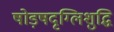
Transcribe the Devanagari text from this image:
षोड़षदृग्लिशुद्धि